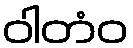
ဝါတံဝ